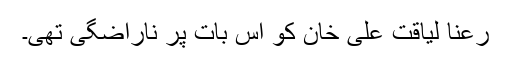
رعنا لیاقت علی خان کو اس بات پر ناراضگی تھی۔